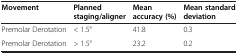
| Movement | Planned staging/aligner | Mean accuracy (%) | Mean standard deviation |
 | --- | --- | --- | --- |
 | Premolar Derotation | < 1.5° | 41.8 | 0.3 |
 | Premolar Derotation | > 1.5° | 23.2 | 0.2 |